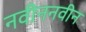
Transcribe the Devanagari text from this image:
नवीननवीन